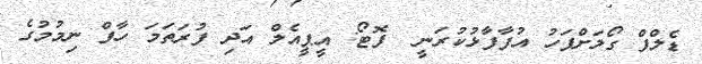
ޑެލްފް ގޯލަށްފަހު އުފާފާޅުކުރަނީ  ފޮޓޯ: އީޕީއެލް އަދި ފުރަތަމަ ހާފް ނިމުމުގެ